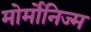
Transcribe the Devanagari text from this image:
मोर्मोनिज्म